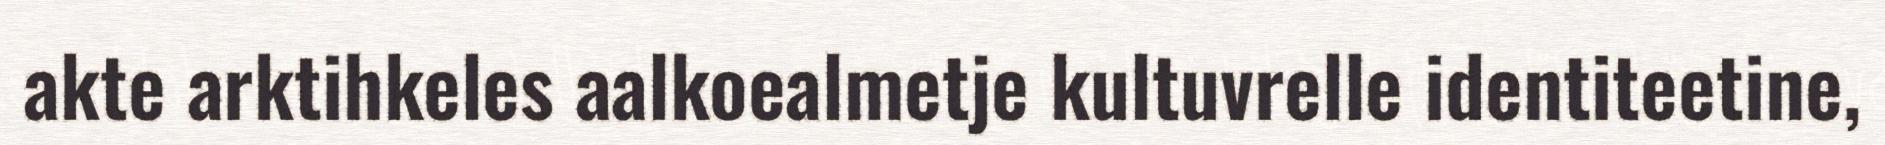
akte arktihkeles aalkoealmetje kultuvrelle identiteetine,